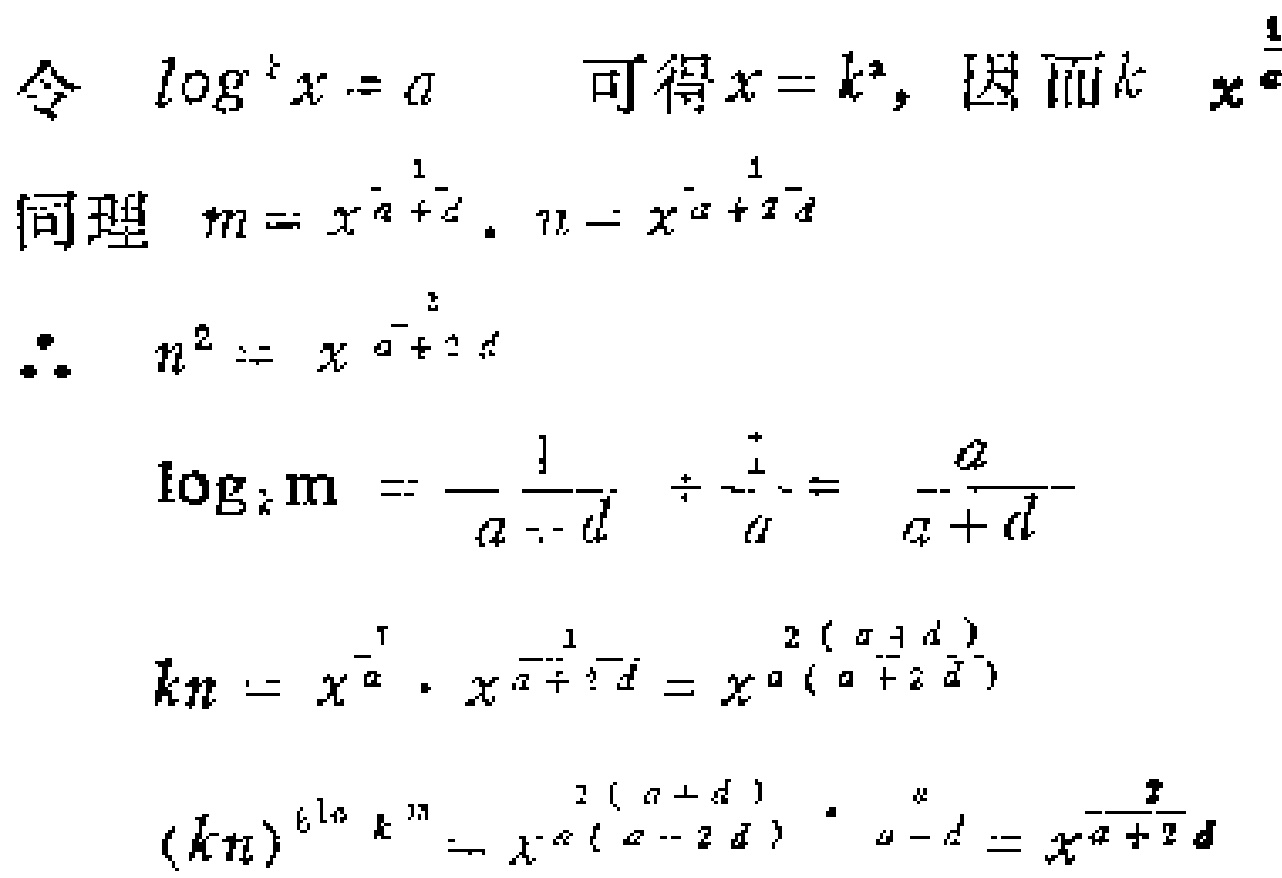
令 \(\log_{k}x = a\) 可得 \(x = k^{a}\)，因而 \(k = x^{\frac{1}{a}}\)
同理 \(m = x^{-\frac{1}{a + d}}\)，\(n = x^{-\frac{1}{a + 2d}}\)
\(\therefore n^{2}=x^{-\frac{2}{a + 2d}}\)
\(\log_{k}m=-\frac{1}{a + d}\div\frac{1}{a}=-\frac{a}{a + d}\)
\(kn=x^{\frac{1}{a}}\cdot x^{-\frac{1}{a + 2d}}=x^{\frac{2(a + d)}{a(a + 2d)}}\)
\((kn)^{\log_{k}m}=x^{\frac{2(a + d)}{a(a + 2d)}}\cdot^{-\frac{a}{a + d}}=x^{-\frac{2}{a + 2d}}\)